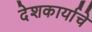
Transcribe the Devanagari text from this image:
देशकार्याचे